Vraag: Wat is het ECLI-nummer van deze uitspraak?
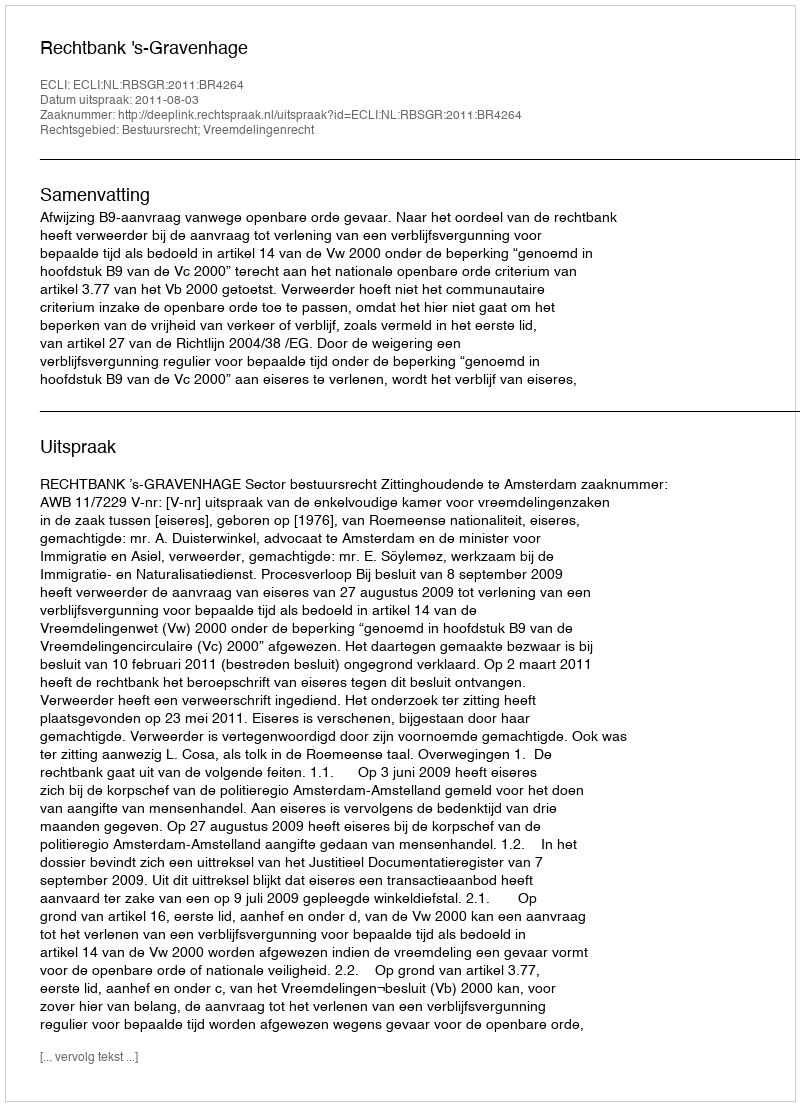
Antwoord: ECLI:NL:RBSGR:2011:BR4264